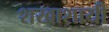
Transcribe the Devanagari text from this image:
शखाशायी